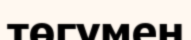
төгумен